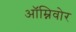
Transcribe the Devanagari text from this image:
ऑम्निवोर